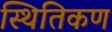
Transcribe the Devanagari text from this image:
स्थितिकण